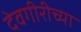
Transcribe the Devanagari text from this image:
देवगीरीच्या